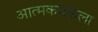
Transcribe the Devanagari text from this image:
आत्मकथनाला